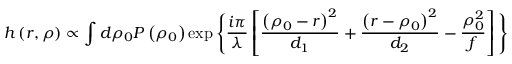
h \left( { r } , { \rho } \right) \propto \int d { \rho } _ { 0 } P \left( { \rho } _ { 0 } \right) \exp \Bigg \{ \frac { i \pi } { \lambda } \left[ \frac { \left( { \rho } _ { 0 } - { r } \right) ^ { 2 } } { d _ { 1 } } + \frac { \left( { r } - { \rho } _ { 0 } \right) ^ { 2 } } { d _ { 2 } } - \frac { { \rho } _ { 0 } ^ { 2 } } { f } \right] \Bigg \}